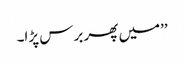
’’میں پھر برس پڑا۔